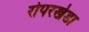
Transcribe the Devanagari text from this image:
रोपरखेडा